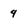
Character: 4